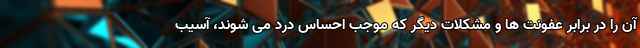
آن را در برابر عفونت ها و مشکلات دیگر که موجب احساس درد می شوند، آسیب